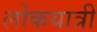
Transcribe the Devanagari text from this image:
लोकयात्री